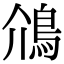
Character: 䲸